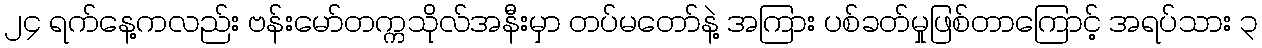
၂၄ ရက်နေ့ကလည်း ဗန်းမော်တက္ကသိုလ်အနီးမှာ တပ်မတော်နဲ့ အကြား ပစ်ခတ်မှုဖြစ်တာကြောင့် အရပ်သား ၃